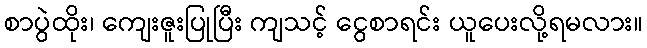
စာပွဲထိုး၊ ကျေးဇူးပြုပြီး ကျသင့် ငွေစာရင်း ယူပေးလို့ရမလား။